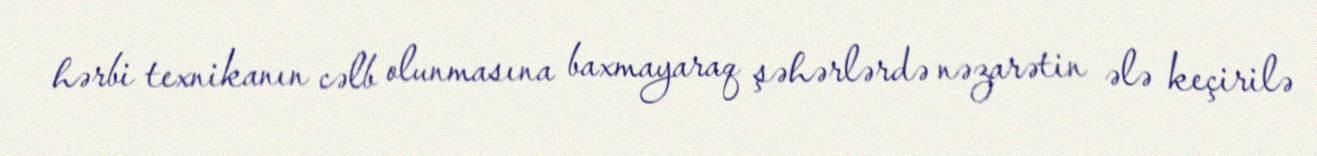
hərbi texnikanın cəlb olunmasına baxmayaraq şəhərlərdə nəzarətin ələ keçirilə